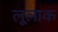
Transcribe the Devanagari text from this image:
लूलाक